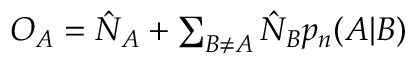
\begin{array} { r } { O _ { A } = \hat { N } _ { A } + \sum _ { B \neq A } \hat { N } _ { B } p _ { n } ( A | B ) } \end{array}